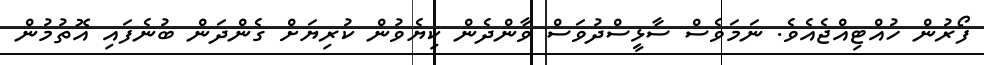
ފޯރުން ހުއްޓިއްޖެއެވެ. ނަމަވެސް ސާޅީސްދުވަސް ވާންދެން ކިޔެވުން ކުރިޔަށް ގެންދަން ބުނެފައި އޮތުމުން